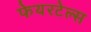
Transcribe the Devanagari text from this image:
फेयरटेल्स